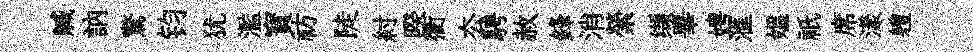
贓訥驚钧犹濫寳祊陡紂暌衢厺騁赦鋒消縈缬畢娉滙媪祇席漾軆